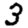
Digit: 3